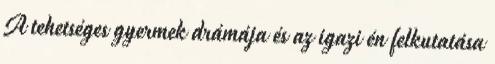
A tehetséges gyermek drámája és az igazi én felkutatása